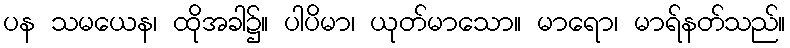
ပန သမယေန၊ ထိုအခါ၌။ ပါပိမာ၊ ယုတ်မာသော။ မာရော၊ မာရ်နတ်သည်။